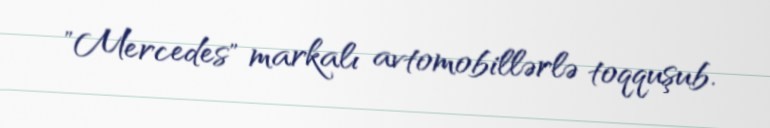
"Mercedes" markalı avtomobillərlə toqquşub.